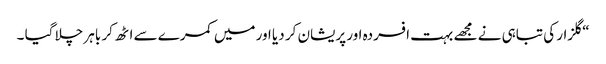
“ گلزار کی تباہی نے مجھے بہت افسردہ اور پریشان کر دیا اور میں کمرے سے اٹھ کر باہر چلا گیا ۔